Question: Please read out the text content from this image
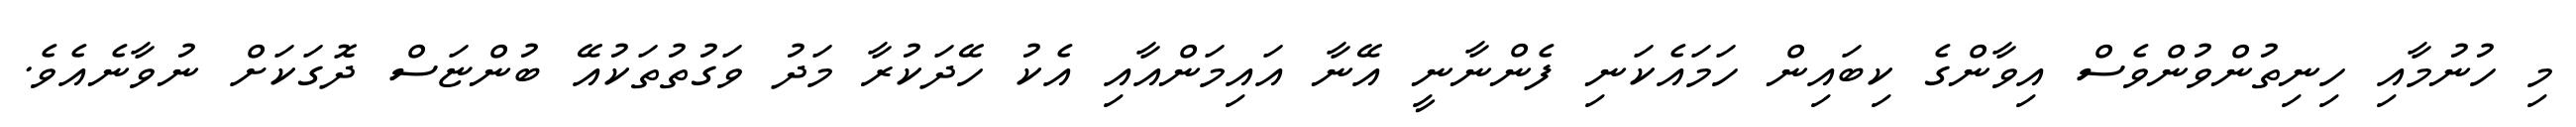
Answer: މި ހުނުމާއި ހިނިތުންވުންވެސް އިވާންގެ ކިބައިން ހަމައެކަނި ފެންނާނީ އޭނާ އައިމަންއާއި އެކު ހޭދަކުރާ މަދު ވަގުތުތަކުއޭ ބުންޏަސް ދޮގަކަށް ނުވާނެއެވެ.